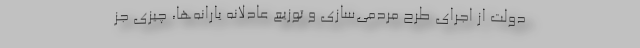
دولت از اجرای طرح مردمی‌سازی‌ و توزیع عادلانه یارانه‌ها، چیزی جز